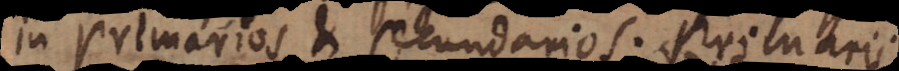
in primarios et secundarios. Primarii